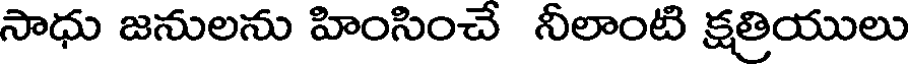
సాధు జనులను హింసించే నీలాంటి క్షత్రియులు